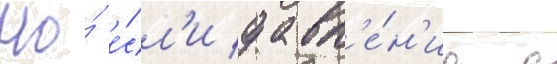
Но́ е́сл'и давл'е́н'ие с